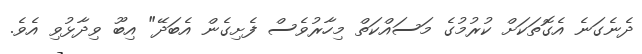
ދެނެގަނެ އެގޮތަކަށް ކުރުމުގެ މަސައްކަތް މިހާރުވެސް ފެށިގެން އެބަދޭ" އިބޫ ވިދާޅުވި އެވެ.